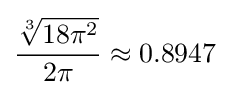
{\frac {\sqrt[{3}]{18\pi ^{2}}}{2\pi }}\approx 0.8947